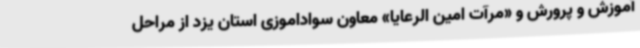
آموزش و پرورش و «مرآت امین الرعایا» معاون سواداموزی استان یزد از مراحل